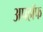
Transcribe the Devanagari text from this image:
अपहॉफ